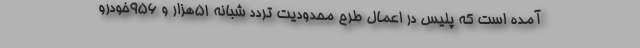
آمده است که پلیس در اعمال طرح محدودیت تردد شبانه ۵۱هزار و ۹۵۶خودرو